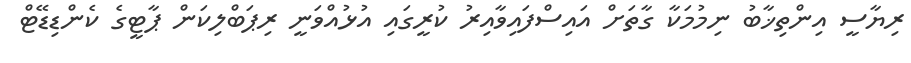
ރިޔާސީ އިންތިޚާބު ނިމުމަކާ ގާތަށް އައިސްފައިވާއިރު ކުރީގައި އުޅުއްވަނީ ރިޕަބްލިކަން ޕާޓީގެ ކެންޑިޑޭޓް